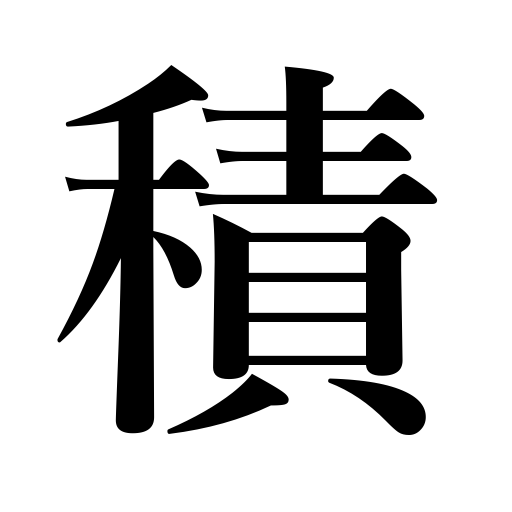
Meanings: take on,calculate,amass,stack,be amassed,product in math,ship,be piled up,load,amount to,contents,acreage,measure,save,lie on,be covered with snow,pile up,measurement,accumulate,lay,estimate